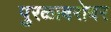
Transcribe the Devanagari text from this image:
पुरळाबरोबर